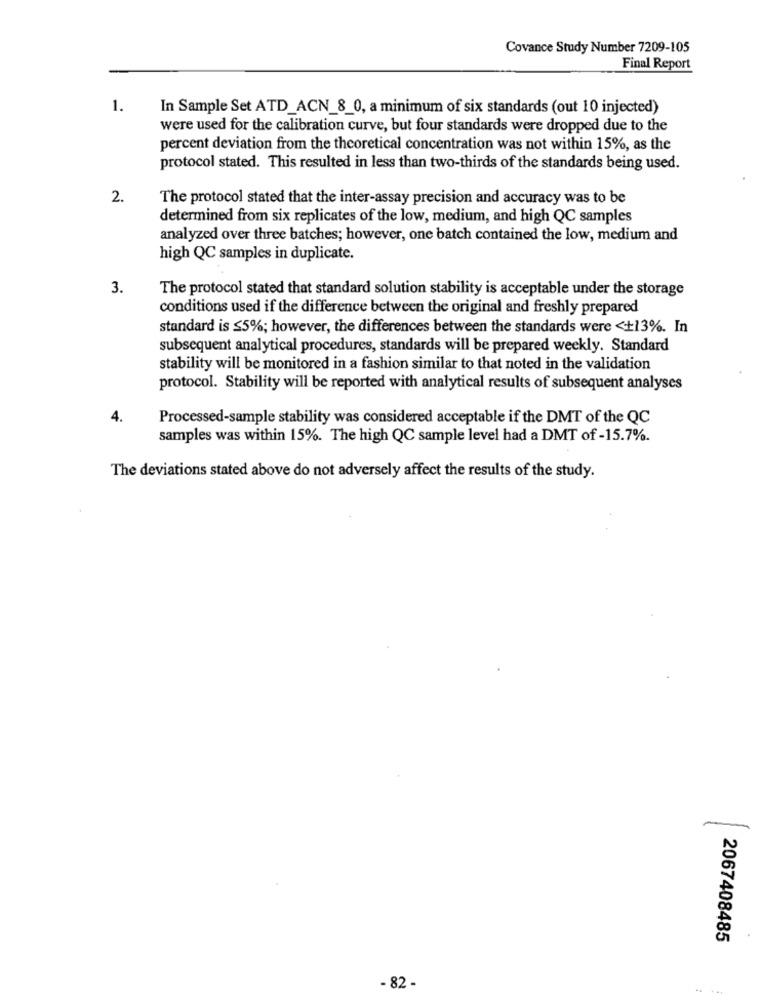
Covance Study Number 7209-105
Final Report
1.
In Sample Set ATD_ACN_8_0, a minimum of six standards (out 10 injected)
were used for the calibration curve, but four standards were dropped due to the
percent deviation from the theoretical concentration was not within 15%, as the
protocol stated. This resulted in less than two-thirds of the standards being used.
2.
The protocol stated that the inter-assay precision and accuracy was to be
determined from six replicates of the low, medium, and high QC samples
analyzed over three batches; however, one batch contained the low, medium and
high QC samples in duplicate.
3.
The protocol stated that standard solution stability is acceptable under the storage
conditions used if the difference between the original and freshly prepared
standard is ≤5%; however, the differences between the standards were <+13%. In
subsequent analytical procedures, standards will be prepared weekly. Standard
stability will be monitored in a fashion similar to that noted in the validation
protocol. Stability will be reported with analytical results of subsequent analyses
4.
Processed-sample stability was considered acceptable if the DMT of the QC
samples was within 15%. The high QC sample level had a DMT of -15.7%.
The deviations stated above do not adversely affect the results of the study.
2067408485
- 82 -